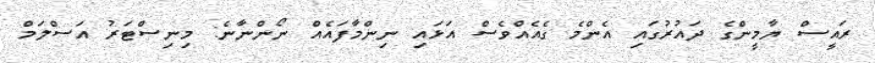
ރައީސް ޔާމީންގެ ދައުރުގައި އެންމެ ގެއެއްވެސް އަޅައި ނިންމާފައެއް ނޯންނާނެ: މިނިސްޓަރު އަސްލަމް